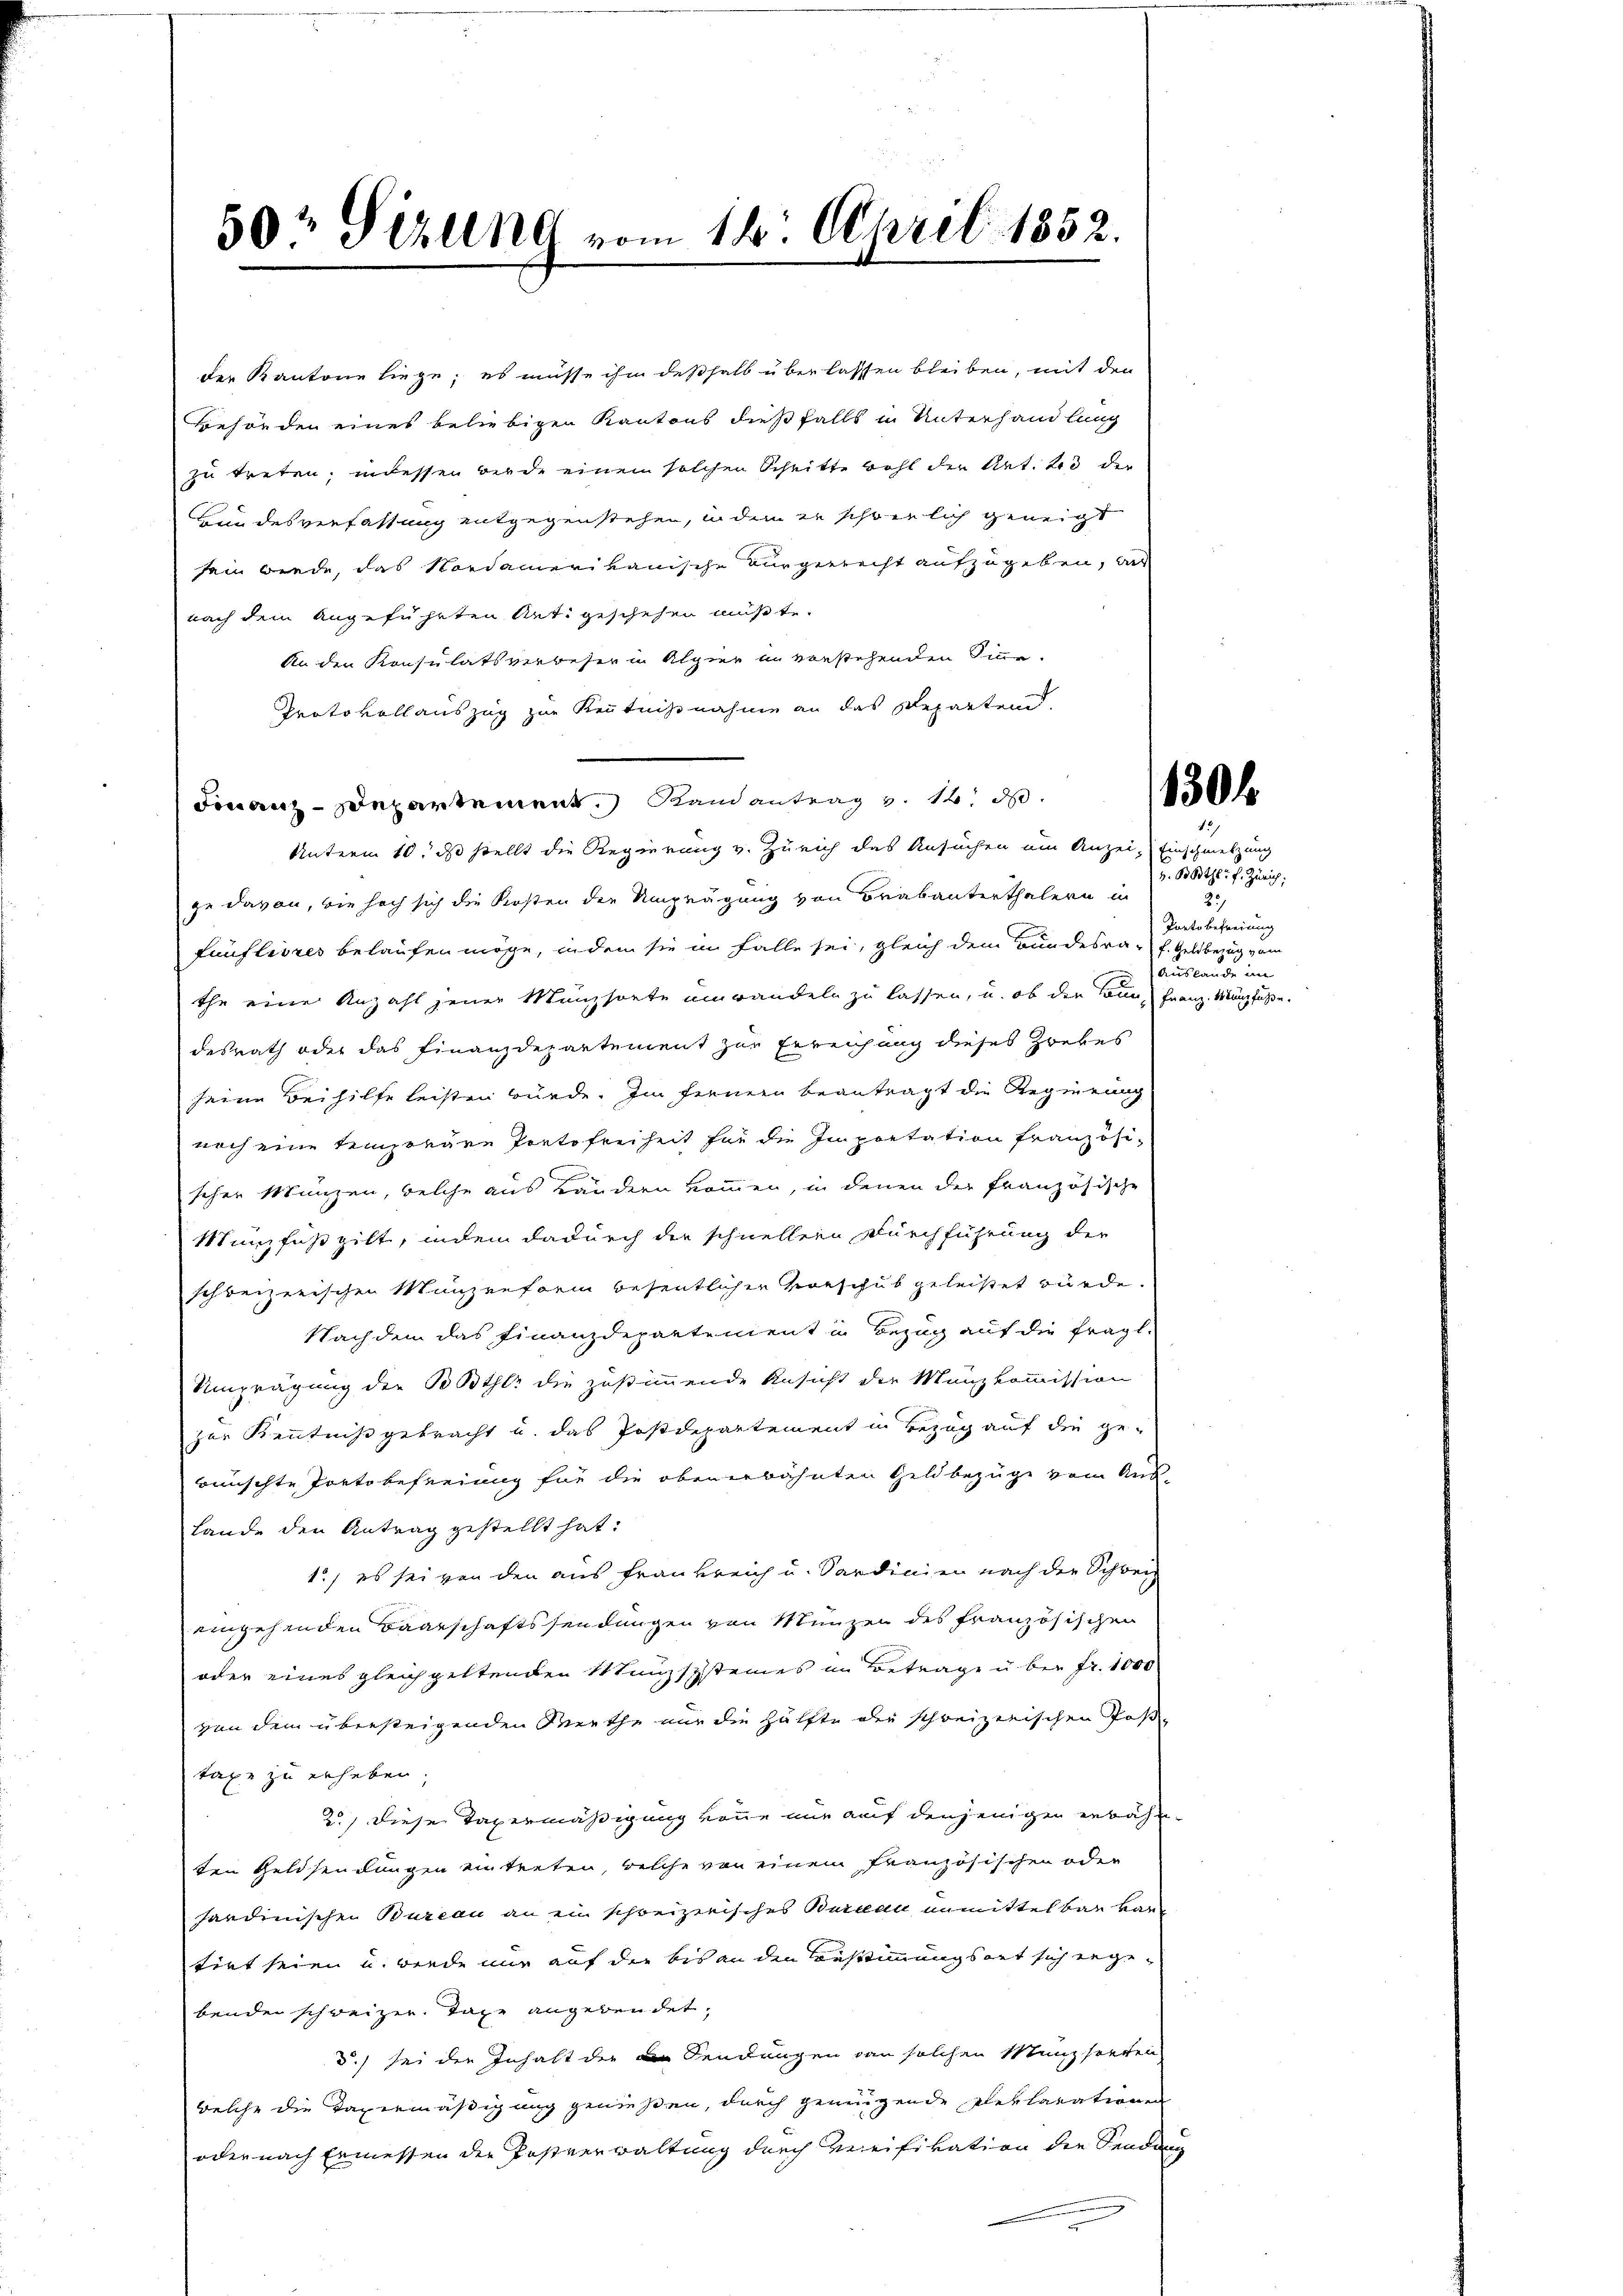
50r Serung vom 14. April 1852.

der Kantone liege; es müsse ihm deßhalb überlassen bleiben, mit den
Behörden eines beliebigen Kantons dießfalls in Unterhandlung
zu treten; in dessen werde einem solcher Schritte wohl der Art. 23 der
Hundesverfassung entgegenstehen, in dem er schwerlich geneigt
sein brede, das Nordamerikanische ausgerecht aufzugeben, an
nach dem angeführten Antigeschehen müßte.
An den Konsulatsverbeser in Alpier in vorstehenden Sinne.
Protokollauszug zur Kenntnißnahme an das Departend.
Finanz-Departement Randantrag v. 14. d.
Unterm 10. ds stellt die Regierung v. Zürich das Ansuchen um Anzei- Einschmelzung
ge davon, wie hoch sich die Kosten die Umprägung von Brabanterthalern in
Fünflivres belaufen möge, indem sie in Falle sei, gleich dem Bundesra- f. Geldbezug vom
the eine Anzahl jener Münzsorte umwandeln zu lassen, u. ob den kann, Franz Münzfuße
desrath oder das Finanzdepartement zur Erreichung dieses Zwekes
seine Beihilfe leisten würde. Im fernern beantragt die Regierung
noch eine temporäre Portofreiheit für die Impretation französi-
scher Münzen, welche aus Ländern kommen, in denen der französische
Münzfuß gilt, indem dadurch der schnellene Durchführung der
schreizerischen Münzenform besentlichen Vorschub geleistet würde.
Nachdem das Finanzdepartement in Bezug auf die fragl.
Umprägung der Bother die zustimmende Ansicht die Münzkommission
zur Kenntniß gebracht u. das Postdepartement in Bezug auf die ge-
wünschte Pretobefreiung für die obenerwähnten Geldbezüge vom Aus-
Lande den Antrag gestellt hat.
1) es sei von den aus Frankreich u. Sardinien nach der Schwer
eingehenden Baarschaftssendungen von Münzen des französischen
oder eines gleichgeltenden Manzsysteines im Betrage über Fr. 1000
von dem übersteigenden Riethe nur die Hälfte die schreizerischen Posttaxe zu erheben.
2) diese Taxermäßigung könne nur auf denjenigen erbahn-
ten Geldsendungen eintreten, welche von einem französischen oder
sardinischen Bureau an ein schreizerisches Bureau unmittelbar bar
tirt seien u. werde nur auf die bis an den Bestimmungsart sich ergebenden schweizer. Tage angebendet,
3.) sei der Inhalt der die Sendungen von solchen Münzsorten
welche die Taxermäßigung genießen, durch genügende Pleklarationen
oder nach Ermessen der Postverwaltung durch Vereifikation die Sendan

130f

v. Btz. v. Zürich,
2
Portobefreiung
auslande im